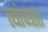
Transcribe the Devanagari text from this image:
त्‍यांच्‍यात